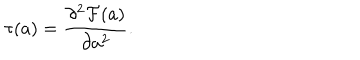
LaTeX: \tau ( a ) = { \frac { \partial ^ { 2 } { \cal F } ( a ) } { \partial a ^ { 2 } } } .